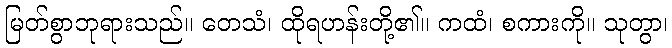
မြတ်စွာဘုရားသည်။ တေသံ၊ ထိုရဟန်းတို့၏။ ကထံ၊ စကားကို။ သုတွာ၊